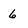
Character: 6